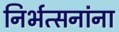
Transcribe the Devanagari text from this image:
निर्भत्सनांना